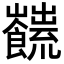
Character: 𩟜